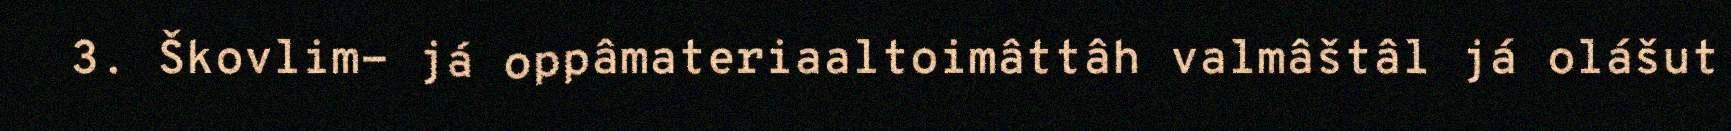
3. Škovlim- já oppâmateriaaltoimâttâh valmâštâl já olášut